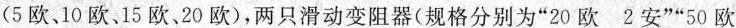
(5欧，10欧、15欧、20欧)，两只滑动变阻器(规格分别为”20欧 2安””50欧